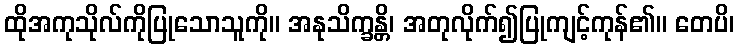
ထိုအကုသိုလ်ကိုပြုသောသူကို။ အနုသိက္ခန္တိ၊ အတုလိုက်၍ပြုကျင့်ကုန်၏။ တေပိ၊